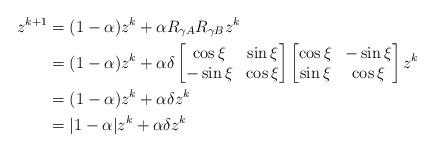
LaTeX: \begin{align*}z^{k+1} &= (1-\alpha)z^k+\alpha R_{\gamma A}R_{\gamma B}z^k\\&=(1-\alpha)z^k+\alpha \delta \begin{bmatrix}\cos{\xi}&\sin{\xi}\\-\sin{\xi}&\cos{\xi}\end{bmatrix}\begin{bmatrix}\cos{\xi}&-\sin{\xi}\\\sin{\xi}&\cos{\xi}\end{bmatrix}z^k\\&=(1-\alpha)z^k+\alpha \delta z^k\\&=|1-\alpha|z^k+\alpha \delta z^k\end{align*}